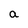
Character: a